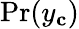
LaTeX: \mathrm{Pr}(y_{\mathbf{c}})